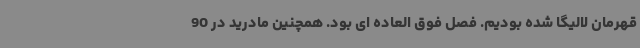
قهرمان لالیگا شده بودیم. فصل فوق العاده ای بود. همچنین مادرید در 90